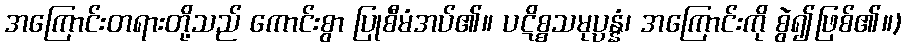
အကြောင်းတရားတို့သည် ကောင်းစွာ ပြုစီမံအပ်၏။ ပဋိစ္စသမုပ္ပန္နံ၊ အကြောင်းကို စွဲ၍ဖြစ်၏။)